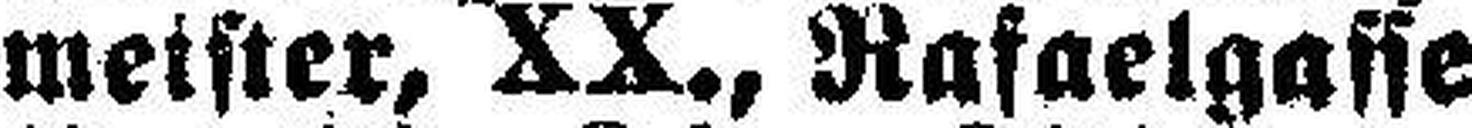
meister, XX., Rafaelgasse